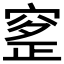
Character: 𥦰